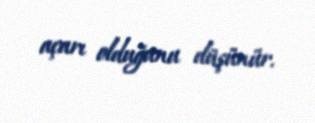
açarı olduğunu düşünür.